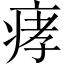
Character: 痚